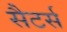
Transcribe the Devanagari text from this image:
सैटर्स